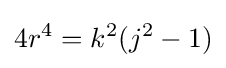
4r^{4}=k^{2}(j^{2}-1)